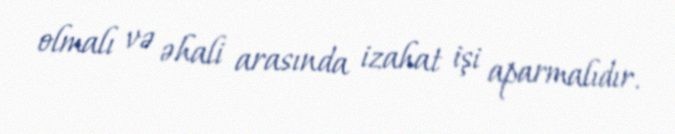
olmalı və əhali arasında izahat işi aparmalıdır.